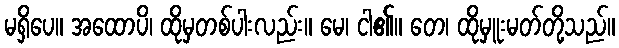
မရှိပေ။ အထောပိ၊ ထိုမှတစ်ပါးလည်း။ မေ၊ ငါ၏။ တေ၊ ထိုမှူးမတ်တို့သည်။